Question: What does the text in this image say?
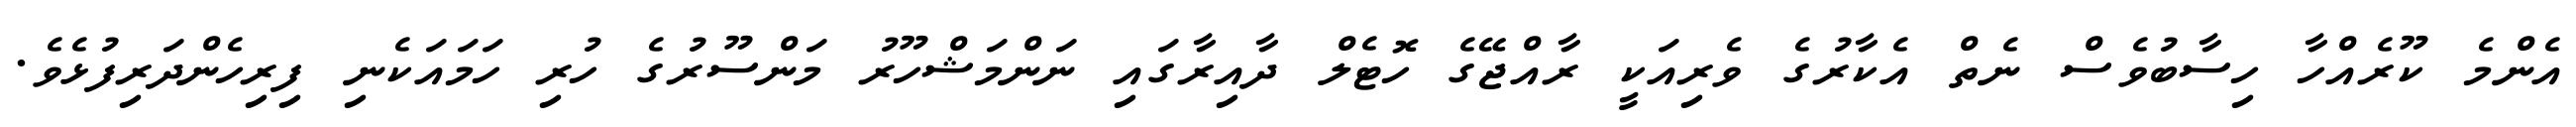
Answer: އެންމެ ކޫރެއްހާ ހިސާބުވެސް ނެތް އެކާރުގެ ވެރިއަކީ ރާއްޖޭގެ ހޮޓެލް ދާއިރާގައި ނަންމަޝްހޫރު މަންސޫރުގެ ހުރި ހަމައަކެނި ފިރިހެންދަރިފުޅެވެ.